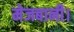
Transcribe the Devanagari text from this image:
मेजबानी।